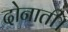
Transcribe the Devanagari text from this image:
दोनाती।